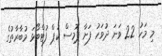
މި މަހު 22 ވަނަ ދުވަހު ފަށާ ޕޮމިސް ކަޕް ފުޓްބޯޅަ މުބާރާތުގެ